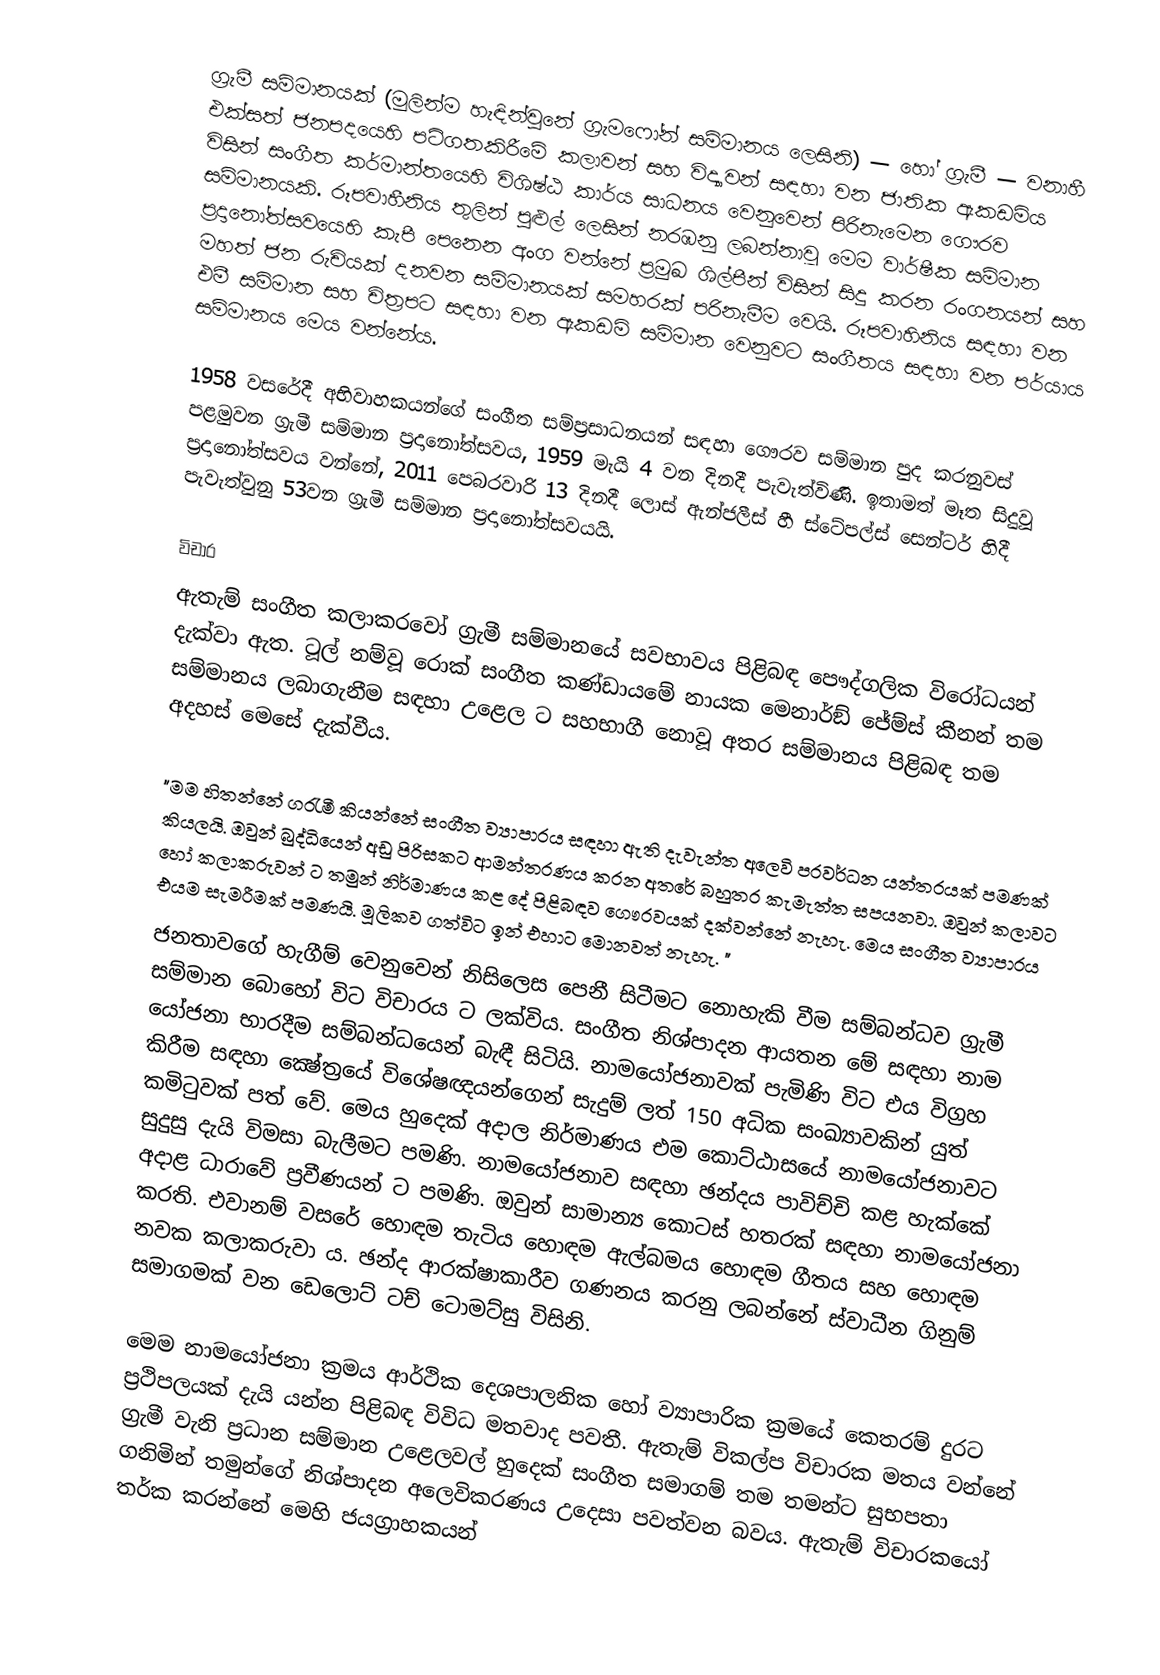
ග්‍රැමී සම්මානයක් (මුලින්ම හැඳින්වුනේ ග්‍රැමෆෝන් සම්මානය ලෙසිනි) — හෝ ග්‍රැමී — වනාහී  එක්සත් ජනපදයෙහි පටිගතකිරීමේ කලාවන්  සහ විද්‍යාවන් සඳහා වන ජාතික ඇකඩමිය විසින් සංගීත කර්මාන්තයෙහි විශිෂ්ඨ කාර්ය සාධනය වෙනුවෙන් පිරිනැමෙන ගෞරව සම්මානයකි. රූපවාහීනිය තුලින් පුළුල් ලෙසින් නරඹනු ලබන්නාවූ මෙම වාර්ෂීක සම්මාන ප්‍රදානෝත්සවයෙහි කැපී පෙනෙන අංග වන්නේ ප්‍රමුඛ ශිල්පීන් විසින් සිදු කරන රංගනයන් සහ මහත් ජන රුචියක් දනවන සම්මානයක් සමහරක් පරිනැමීම වෙයි. රූපවාහිනිය සඳහා වන එමී සම්මාන සහ චිත්‍රපට සඳහා වන  ඇකඩමි සම්මාන වෙනුවට සංගීතය සඳහා වන පර්යාය සම්මානය මෙය වන්නේය.

1958 වසරේදී අභිවාහකයන්ගේ සංගීත සම්ප්‍රසාධනයන් සඳහා ගෞරව සම්මාන පුද කරනුවස් පළමුවන ග්‍රැමී සම්මාන ප්‍රදානෝත්සවය, 1959 මැයි 4 වන දිනදී පැවැත්විණි. ඉතාමත් මෑත සිදුවූ ප්‍රදානෝත්සවය වන්නේ, 2011 පෙබරවාරි 13 දිනදී ලොස් ඇන්ජලීස් හී ස්ටේපල්ස් සෙන්ටර් හිදී පැවැත්වුනු  53වන ග්‍රැමී සම්මාන ප්‍රදානෝත්සවයයි.

විචාර
ඇතැම් සංගීත කලාකරවෝ ග‍්‍රැමී සම්මානයේ සවභාවය පිළිබඳ පෞද්ගලික විරෝධයන් දැක්වා ඇත. ටූල් නම්වූ රොක් සංගීත කණ්ඩායමේ නායක මෙනාර්ඞ් ජේම්ස් කීනන් තම සම්මානය ලබාගැනීම සඳහා උළෙල ට සහභාගී නොවූ අතර සම්මානය පිළිබඳ තම අදහස් මෙසේ දැක්වීය.

"මම හිතන්නේ ග‍්‍රැමී කියන්නේ සංගීත ව්‍යාපාරය සඳහා ඇති දැවැන්ත අලෙවි ප‍්‍රවර්ධන යන්ත‍්‍රයක් පමණක් කියලයි. ඔවුන් බුද්ධියෙන් අඩු පිරිසකට ආමන්ත‍්‍රණය කරන අතරේ බහුතර කැමැත්ත සපයනවා. ඔවුන් කලාවට හෝ කලාකරුවන් ට තමුන් නිර්මාණය කළ දේ පිළිබඳව ගෞරවයක් දක්වන්නේ නැහැ. මෙය සංගීත ව්‍යාපාරය එයම සැමරීමක් පමණයි. මූලිකව ගත්විට ඉන් එහාට මොනවත් නැහැ. "
ජනතාවගේ හැගීම් වෙනුවෙන් නිසිලෙස පෙනී සිටීමට නොහැකි වීම සම්බන්ධව ග‍්‍රැමී සම්මාන බොහෝ විට විචාරය ට ලක්විය. සංගීත නිශ්පාදන ආයතන මේ සඳහා නාම යෝජනා භාරදීම සම්බන්ධයෙන් බැඳී සිටියි. නාමයෝජනාවක් පැමිණි විට එය විග‍්‍රහ කිරීම සඳහා ක්‍ෂේත‍්‍රයේ විශේෂඥයන්ගෙන් සැදුම් ලත් 150 අධික සංඛ්‍යාවකින් යුත් කමිටුවක් පත් වේ. මෙය හුදෙක් අදාල නිර්මාණය එම කොට්ඨාසයේ නාමයෝජනාවට සුදුසු දැයි විමසා බැලීමට පමණි. නාමයෝජනාව සඳහා ඡන්දය පාවිච්චි කළ හැක්කේ අදාළ ධාරාවේ ප‍්‍රවීණයන් ට පමණි. ඔවුන් සාමාන්‍ය කොටස් හතරක් සඳහා නාමයෝජනා කරති. එවානම් වසරේ හොඳම තැටිය හොඳම ඇල්බමය හොඳම ගීතය සහ හොඳම නවක කලාකරුවා ය. ඡන්ද ආරක්ෂාකාරීව ගණනය කරනු ලබන්නේ ස්වාධීන ගිනුම් සමාගමක් වන ඩෙලොට් ටච් ටොමට්සු විසිනි.

මෙම නාමයෝජනා ක‍්‍රමය ආර්ථික දෙශපාලනික හෝ ව්‍යාපාරික ක‍්‍රමයේ කෙතරම් දුරට ප‍්‍රථිපලයක් දැයි යන්න පිළිබඳ විවිධ මතවාද පවතී. ඇතැම් විකල්ප විචාරක මතය වන්නේ ග‍්‍රැමී වැනි ප‍්‍රධාන සම්මාන උළෙලවල් හුදෙක් සංගීත සමාගම් තම තමන්ට සුභපතා ගනිමින් තමුන්ගේ නිශ්පාදන අලෙවිකරණය උදෙසා පවත්වන බවය. ඇතැම් විචාරකයෝ තර්ක කරන්නේ මෙහි ජයග‍්‍රාහකයන්